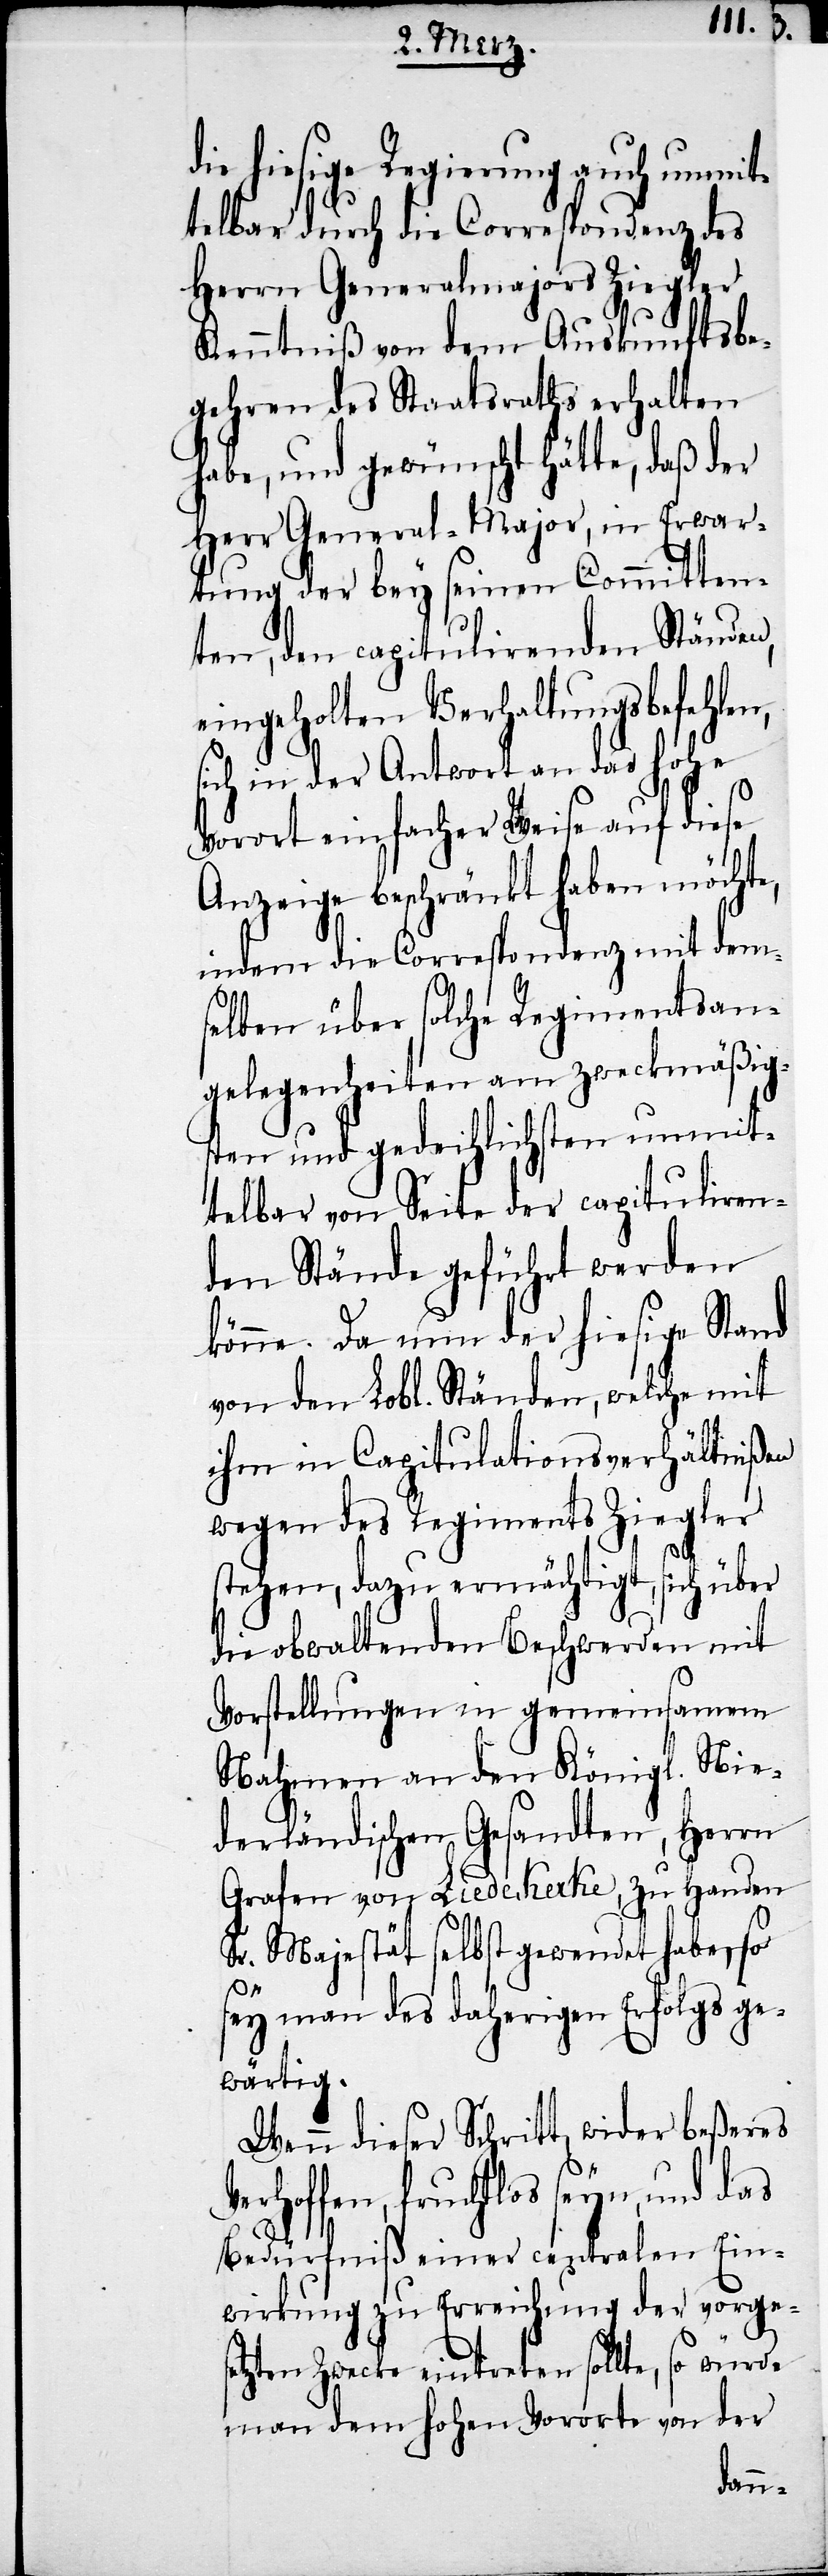
die hiesige Regierung auch unmit¬
telbar durch die Correspondenz des
Herrn Generalmajors Ziegler
Kenntniß von dem Auskunftsbe¬
gehren des Staatsraths erhalten
habe, und gewünscht hätte, daß der
Herr General-Major, in Erwar¬
tung der bey seinen Committen¬
ten, den capitulirenden Ständen,
eingeholten Verhaltungsbefehlen,
sich in der Antwort an das hohe
Vorort einfacher Weise auf diese
Anzeige beschränkt haben möchte,
indem die Correspondenz mit dem¬
selben über solche Regimentsan¬
gelegenheiten am zweckmäßig¬
sten und gedeihlichsten unmit¬
telbar von Seite der capituliren¬
den Stände geführt werden
könne. Da nun der hiesige Stand
von den Lobl. Ständen, welche mit
ihm in Capitulrationsverhältnißen
wegen des Regiments Ziegler
stehen, dazu ermächtigt, sich über
die obwaltenden Beschwerden mit
Vorstellungen in gemeinsamen
Nahmen an den Königl. Nie¬
derländischen Gesandten, Herrn
Grafen von Liedekerke, zu Handen
Sr. Majestät selbst gewendet habe, so
sey man des daherigen Erfolgs ge¬
wärtig.
Wenn dieser Schritt, wider beßeres
hoffen, fruchtlos seyn, und das
Bedürfniß einer centralen Ein¬
wirkung zu Erreichung der vorgese¬
tzten Zwecke eintreten sollte, so würde
man dem hohen Vororte von der
Ver¬